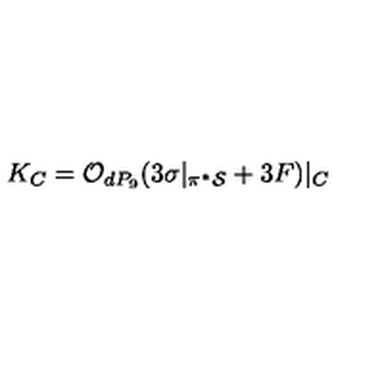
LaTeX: K _ { C } = { \cal O } _ { d P _ { 9 } } ( 3 \sigma | _ { \pi ^ { * } { \cal S } } + 3 F ) | _ { C }